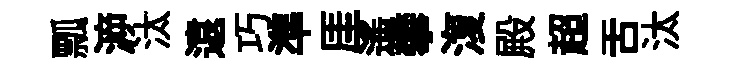
瓢㴑汰遠巧準厓遙攀𣸪殿超舌汰